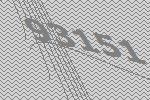
93151